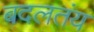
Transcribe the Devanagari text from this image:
बदलतंय